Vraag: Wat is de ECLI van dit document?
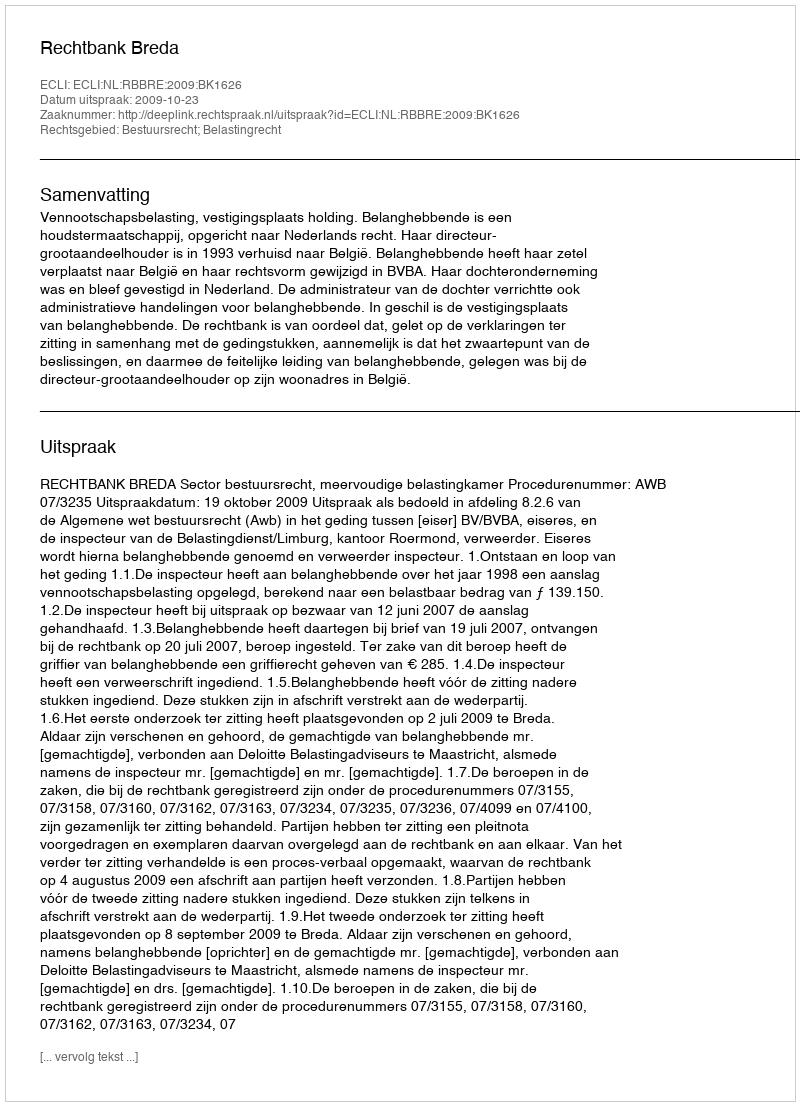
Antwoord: ECLI:NL:RBBRE:2009:BK1626